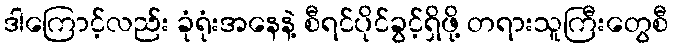
ဒါကြောင့်လည်း ခုံရုံးအနေနဲ့ စီရင်ပိုင်ခွင့်ရှိဖို့ တရားသူကြီးတွေစီ